system: You are a helpful assistant.
user:
Analyze the provided spectrum to determine if it is a **"Cataclysmic Variables (CV)"**.

- **Key Indicators for CV (Check for either state):**
    - **State 1: Quiescent / Low-State (Emission-Dominated)**
        - **(Primary):** Strong and *very broad* Hydrogen Balmer emission lines (e.g., $H\alpha$ at 6563 Å, $H\beta$ at 4861 Å). The 'broadness' (high velocity dispersion, often FWHM > 1000 km/s) is the key diagnostic, indicating a high-velocity accretion disk.
        - **(Secondary):** Broad neutral Helium (He I) emission lines (e.g., 5876 Å, 6678 Å).
        - **(Key Confirmation):** Presence of high-excitation *ionized* Helium (He II) emission at 4686 Å. This is a strong indicator of accretion onto a white dwarf.
        - **(Line Profile):** Emission lines may exhibit a 'double-peaked' profile, which is a classic signature of a rotating accretion disk viewed at high inclination.

    - **State 2: Outburst / High-State (Absorption-Dominated)**
        - **(Primary):** Spectrum is dominated by a bright, blue continuum (looks like a hot star).
        - **(Secondary):** The emission lines from State 1 are weak, absent, or 'filled in', and are replaced by broad, shallow *absorption* lines (primarily Balmer and He I).
        - **(Morphology):** The overall spectrum mimics a hot B/A-type star. The crucial difference is that the absorption lines are significantly broader, shallower, and more 'washed-out' (or 'smeared') than the sharp lines of a normal stellar photosphere, due to high rotational speeds and pressure broadening in the disk.

Think first, call **spectral_visualization_tool** if needed to examine features in detail, then provide your final answer. Your response must adhere to the following strict rules:
1.  **Overall Structure:** Your response must follow the format `<think>...</think> <tool_call>...</tool_call> (if a tool is used) <answer>...</answer>`.
2.  **Tool Usage Constraint:** You may only make **one** tool call per turn.
3.  **Final Answer Format:** In the `<answer>` tag, your conclusion must be inside a `\boxed{}` command (e.g., `\boxed{YES}`), followed by your justification.

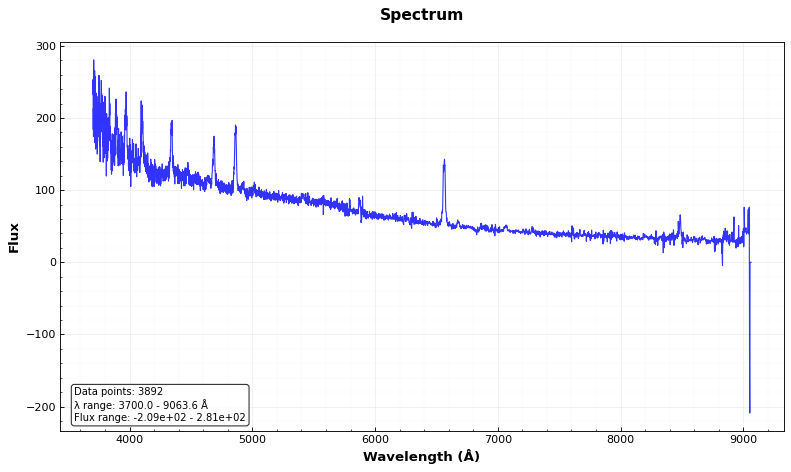
Answer: YES